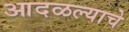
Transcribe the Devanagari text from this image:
आदळल्याचे